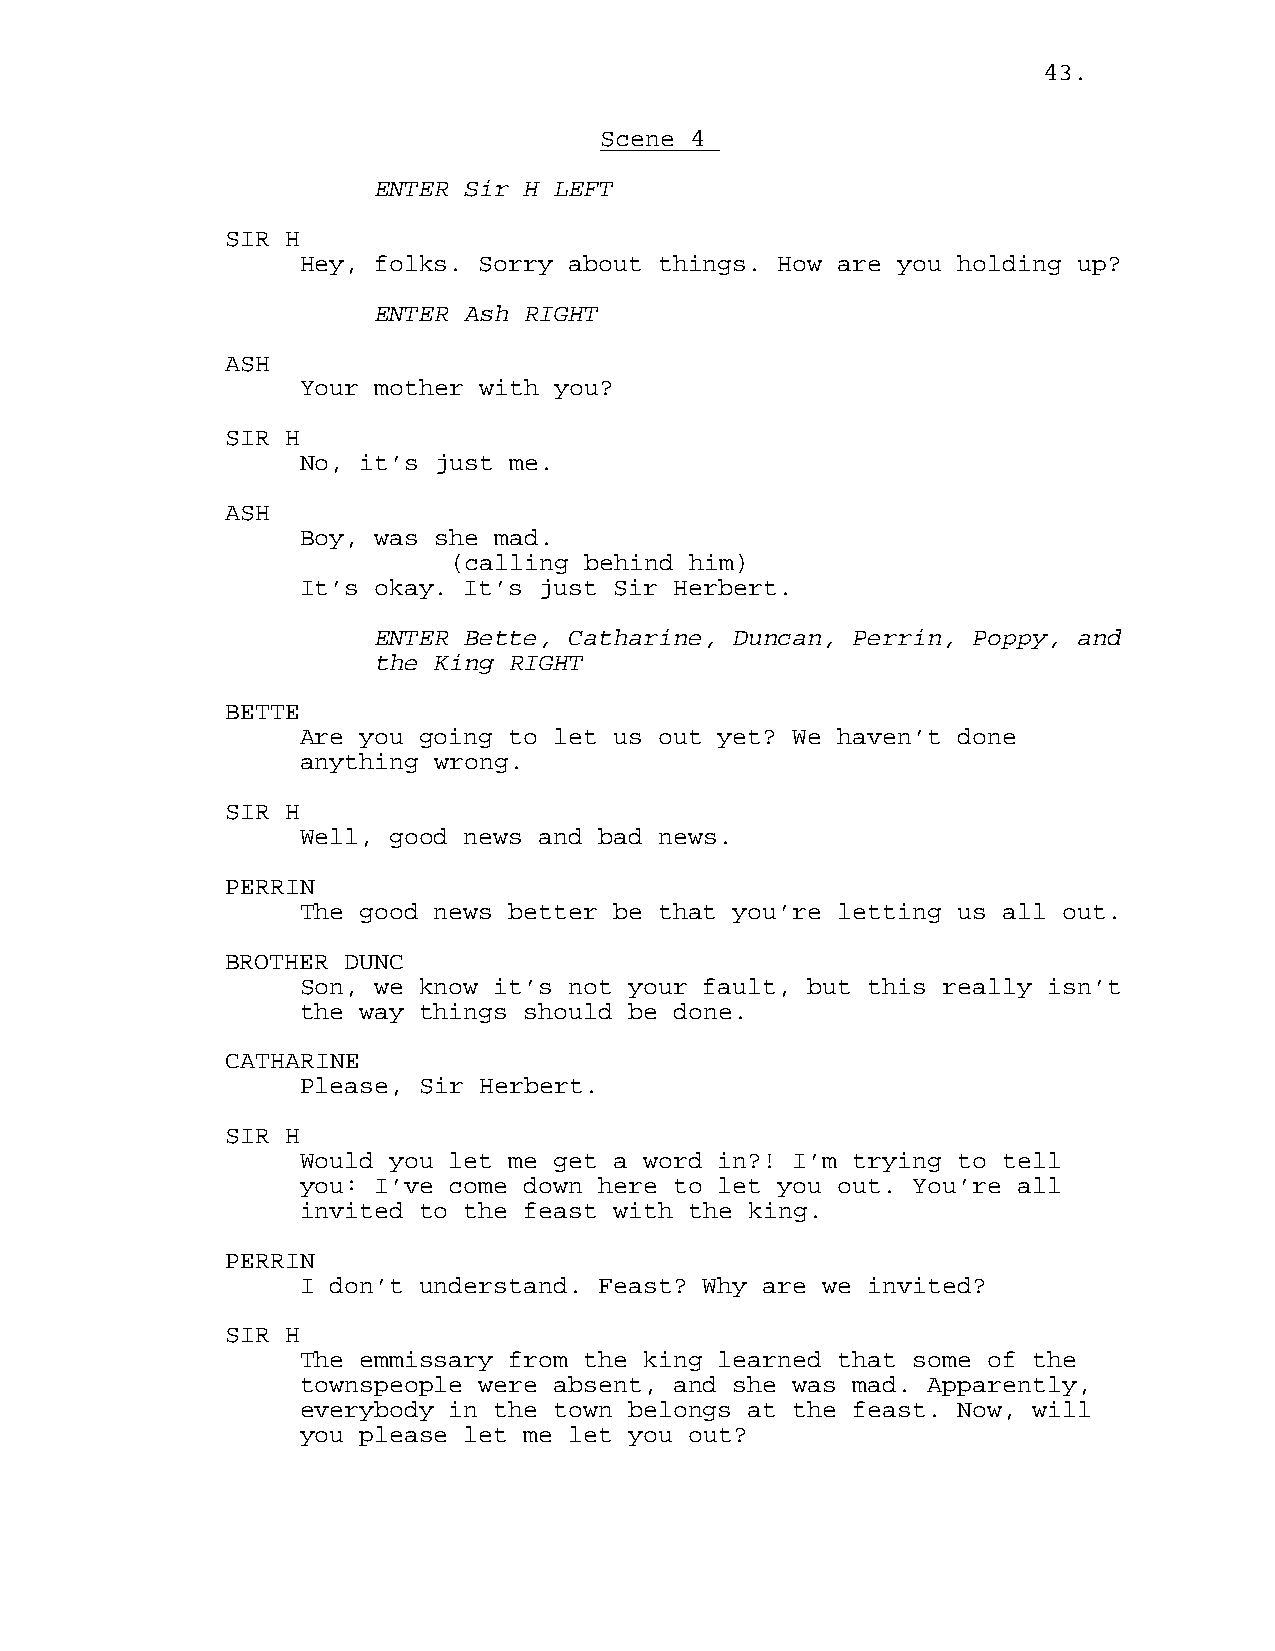
43.
 Scene 4
 ENTER Sir H LEFT
 SIR H
 Hey, folks. Sorry about things. How are you holding up?
 ENTER Ash RIGHT
 ASH
 Your mother with you?
 SIR H
 No, it’s just me.
 ASH
 Boy, was she mad.
 (calling behind him)
 It’s okay. It’s just Sir Herbert.
 ENTER Bette, Catharine, Duncan, Perrin, Poppy, and
 the King RIGHT
 BETTE
 Are you going to let us out yet? We haven’t done
 anything wrong.
 SIR H
 Well, good news and bad news.
 PERRIN
 The good news better be that you’re letting us all out.
 BROTHER DUNC
 Son, we know it’s not your fault, but this really isn’t
 the way things should be done.
 CATHARINE
 Please, Sir Herbert.
 SIR H
 Would you let me get a word in?! I’m trying to tell
 you: I’ve come down here to let you out. You’re all
 invited to the feast with the king.
 PERRIN
 I don’t understand. Feast? Why are we invited?
 SIR H
 The emmissary from the king learned that some of the
 townspeople were absent, and she was mad. Apparently,
 everybody in the town belongs at the feast. Now, will
 you please let me let you out?